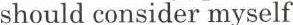
should consider myself